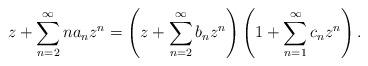
LaTeX: \begin{align*}z+\sum_{n=2}^{\infty}n a_nz^n= \left(z+\sum_{n=2}^{\infty}b_nz^n\right)\left(1+\sum_{n=1}^{\infty}c_nz^n\right).\end{align*}